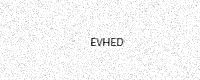
Text: EVHED